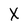
Character: X